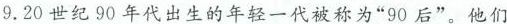
9.20世纪90年代出生的年轻一代被称为”90后”。他们